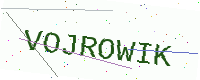
Text: VOJROWIK